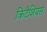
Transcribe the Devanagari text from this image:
क्रिटैशियस